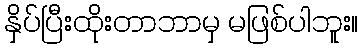
နှိပ်ပြီးထိုးတာဘာမှ မဖြစ်ပါဘူး။